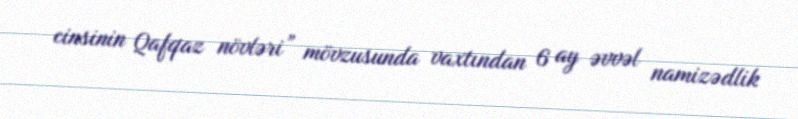
cinsinin Qafqaz növləri” mövzusunda vaxtından 6 ay əvvəl namizədlik